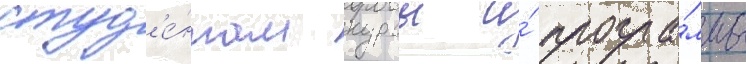
студ'е́нтам курсы и́ програ́ммы